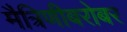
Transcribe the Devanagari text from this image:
मैत्रिणीबरोबर